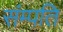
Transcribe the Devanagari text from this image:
संम्पति